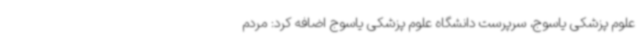
علوم پزشکی یاسوج، سرپرست دانشگاه علوم پزشکی یاسوج اضافه کرد: مردم